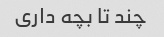
چند تا بچه داری